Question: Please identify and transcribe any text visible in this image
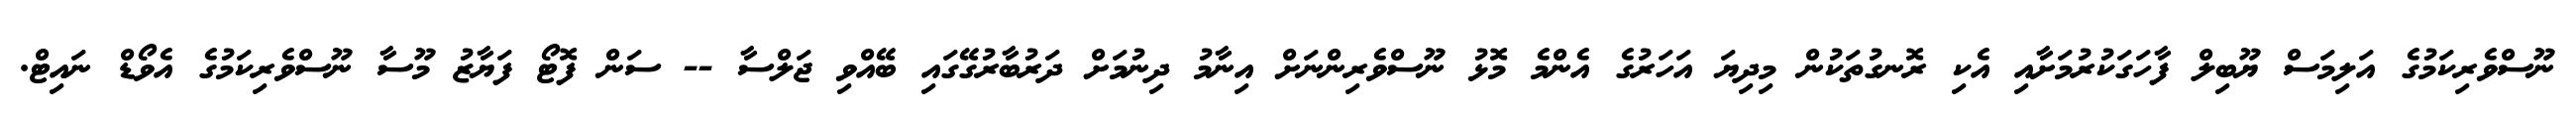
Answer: ނޫސްވެރިކަމުގެ އަލިމަސް ޔޫބިލް ފާހަގަކުރުމަށާއި އެކި ރޮނގުތަކުން މިދިޔަ އަހަރުގެ އެންމެ މޮޅު ނޫސްވެރިންނަށް އިނާމު ދިނުމަށް ދަރުބާރުގޭގައި ބޭއްވި ޖަލްސާ -- ސަން ފޮޓޯ ފަޔާޒު މޫސާ ނޫސްވެރިކަމުގެ އެވޯޑް ނައިޓް.